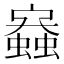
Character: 𧒟